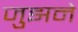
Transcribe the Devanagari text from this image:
जुझने